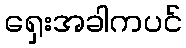
ရှေးအခါကပင်